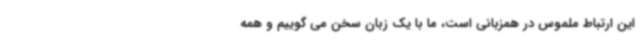
این ارتباط ملموس در همزبانی است، ما با یک زبان سخن می گوییم و همه